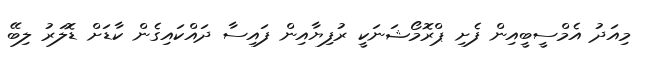
މިއަދު އެމްސީބީއިން ފެށި ޕްރޮމޯޝަނަކީ ރުފިޔާއިން ފައިސާ ދައްކައިގެން ކާޑަށް ޑޮލަރު ލިބޭ